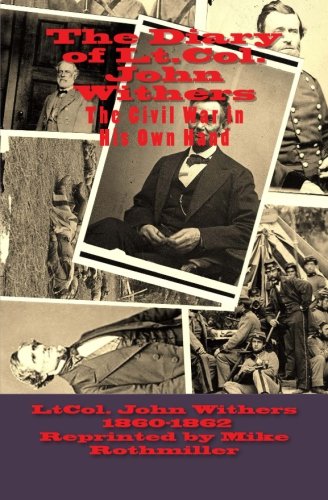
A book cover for The Diary of Lt.Col. John Withers  October 1860---December 1862: This Civil War in His Own Hand; LtCol. John Withers; Parenting & Relationships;